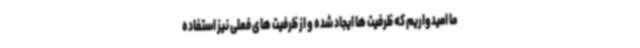
ما امیدواریم که ظرفیت ها ایجاد شده و از ظرفیت های فعلی نیز استفاده